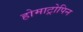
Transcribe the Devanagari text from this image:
होमाट्रोपिन